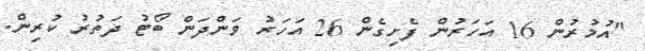
"އުމުރުން 16 އަހަރުން ފެށިގެން 26 އަހަރު ވަންދަން ބޯޓު ދަތުުރު ކުރިން.